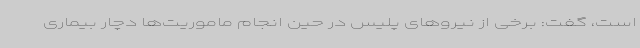
است، گفت: برخی از نیروهای پلیس در حین انجام ماموریت‌ها دچار بیماری